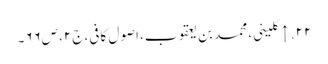
۲۲. ↑ کلینی، محمد بن یعقوب، اصول کافی، ج۲، ص۶۶۔